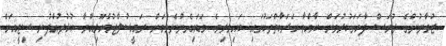
ޒުވާނުންގެ ދުވަސް ފާހަގަކުރުމަށް ބާއްވާ ހަރަކާތްތަކުގައި ބައިވެރިވެ ވަޑައިގެންނެވުމަށް ރައީސުލްޖުމްހޫރިއްޔާ ކުޅުދުއްފުށި ސިޓީއަށް